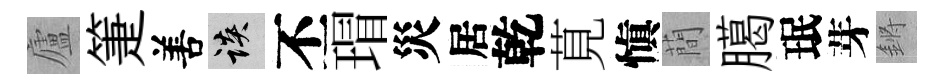
廬箑𠵊談丕瑁災居乾莧愼蕳臈珉芽鏘